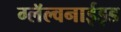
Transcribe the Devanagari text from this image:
ग्लॅल्वनाईझ्ड